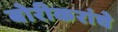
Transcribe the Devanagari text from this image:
बोरीकरांचे